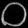
Digit: ၀